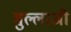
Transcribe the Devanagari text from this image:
मुल्लाजी